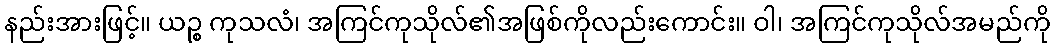
နည်းအားဖြင့်။ ယဉ္စ ကုသလံ၊ အကြင်ကုသိုလ်၏အဖြစ်ကိုလည်းကောင်း။ ဝါ၊ အကြင်ကုသိုလ်အမည်ကို